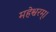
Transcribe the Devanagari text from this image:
महेश्वरम्।